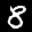
Label: 8